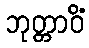
ဘုတ္တာဝိံ